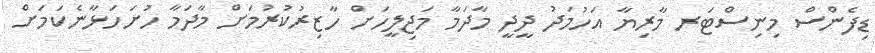
ޑިފެންސް މިނިސްޓަރ މާރިޔާ އަހުމަދު ދީދީ މާދަމާ މަޖިލީހަށް ހާޒިރުކުރުމަށް މާދަމާ ހުށަހަޅާނެކަމަށް